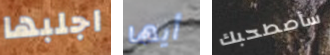
اجلبها أيها سأصطحبك